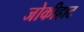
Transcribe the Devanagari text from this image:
जोकीहाट